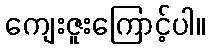
ကျေးဇူးကြောင့်ပါ။